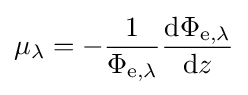
\mu _{\lambda }=-{\frac {1}{\Phi _{\mathrm {e} ,\lambda }}}{\frac {\mathrm {d} \Phi _{\mathrm {e} ,\lambda }}{\mathrm {d} z}}